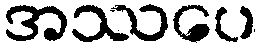
အဿပေ